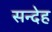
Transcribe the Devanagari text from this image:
सन्‍देह